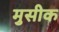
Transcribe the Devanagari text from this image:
मुसीक